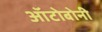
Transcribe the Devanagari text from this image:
ऑटोबोनी